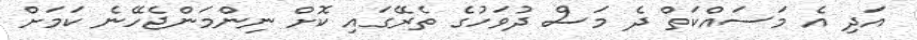
އަދި އެ މަސައްކަތް ދެ މަސް ދުވަހުގެ ތެރޭގައި ކޮށް ނިންމަންޖެހޭނެ ކަމަށް